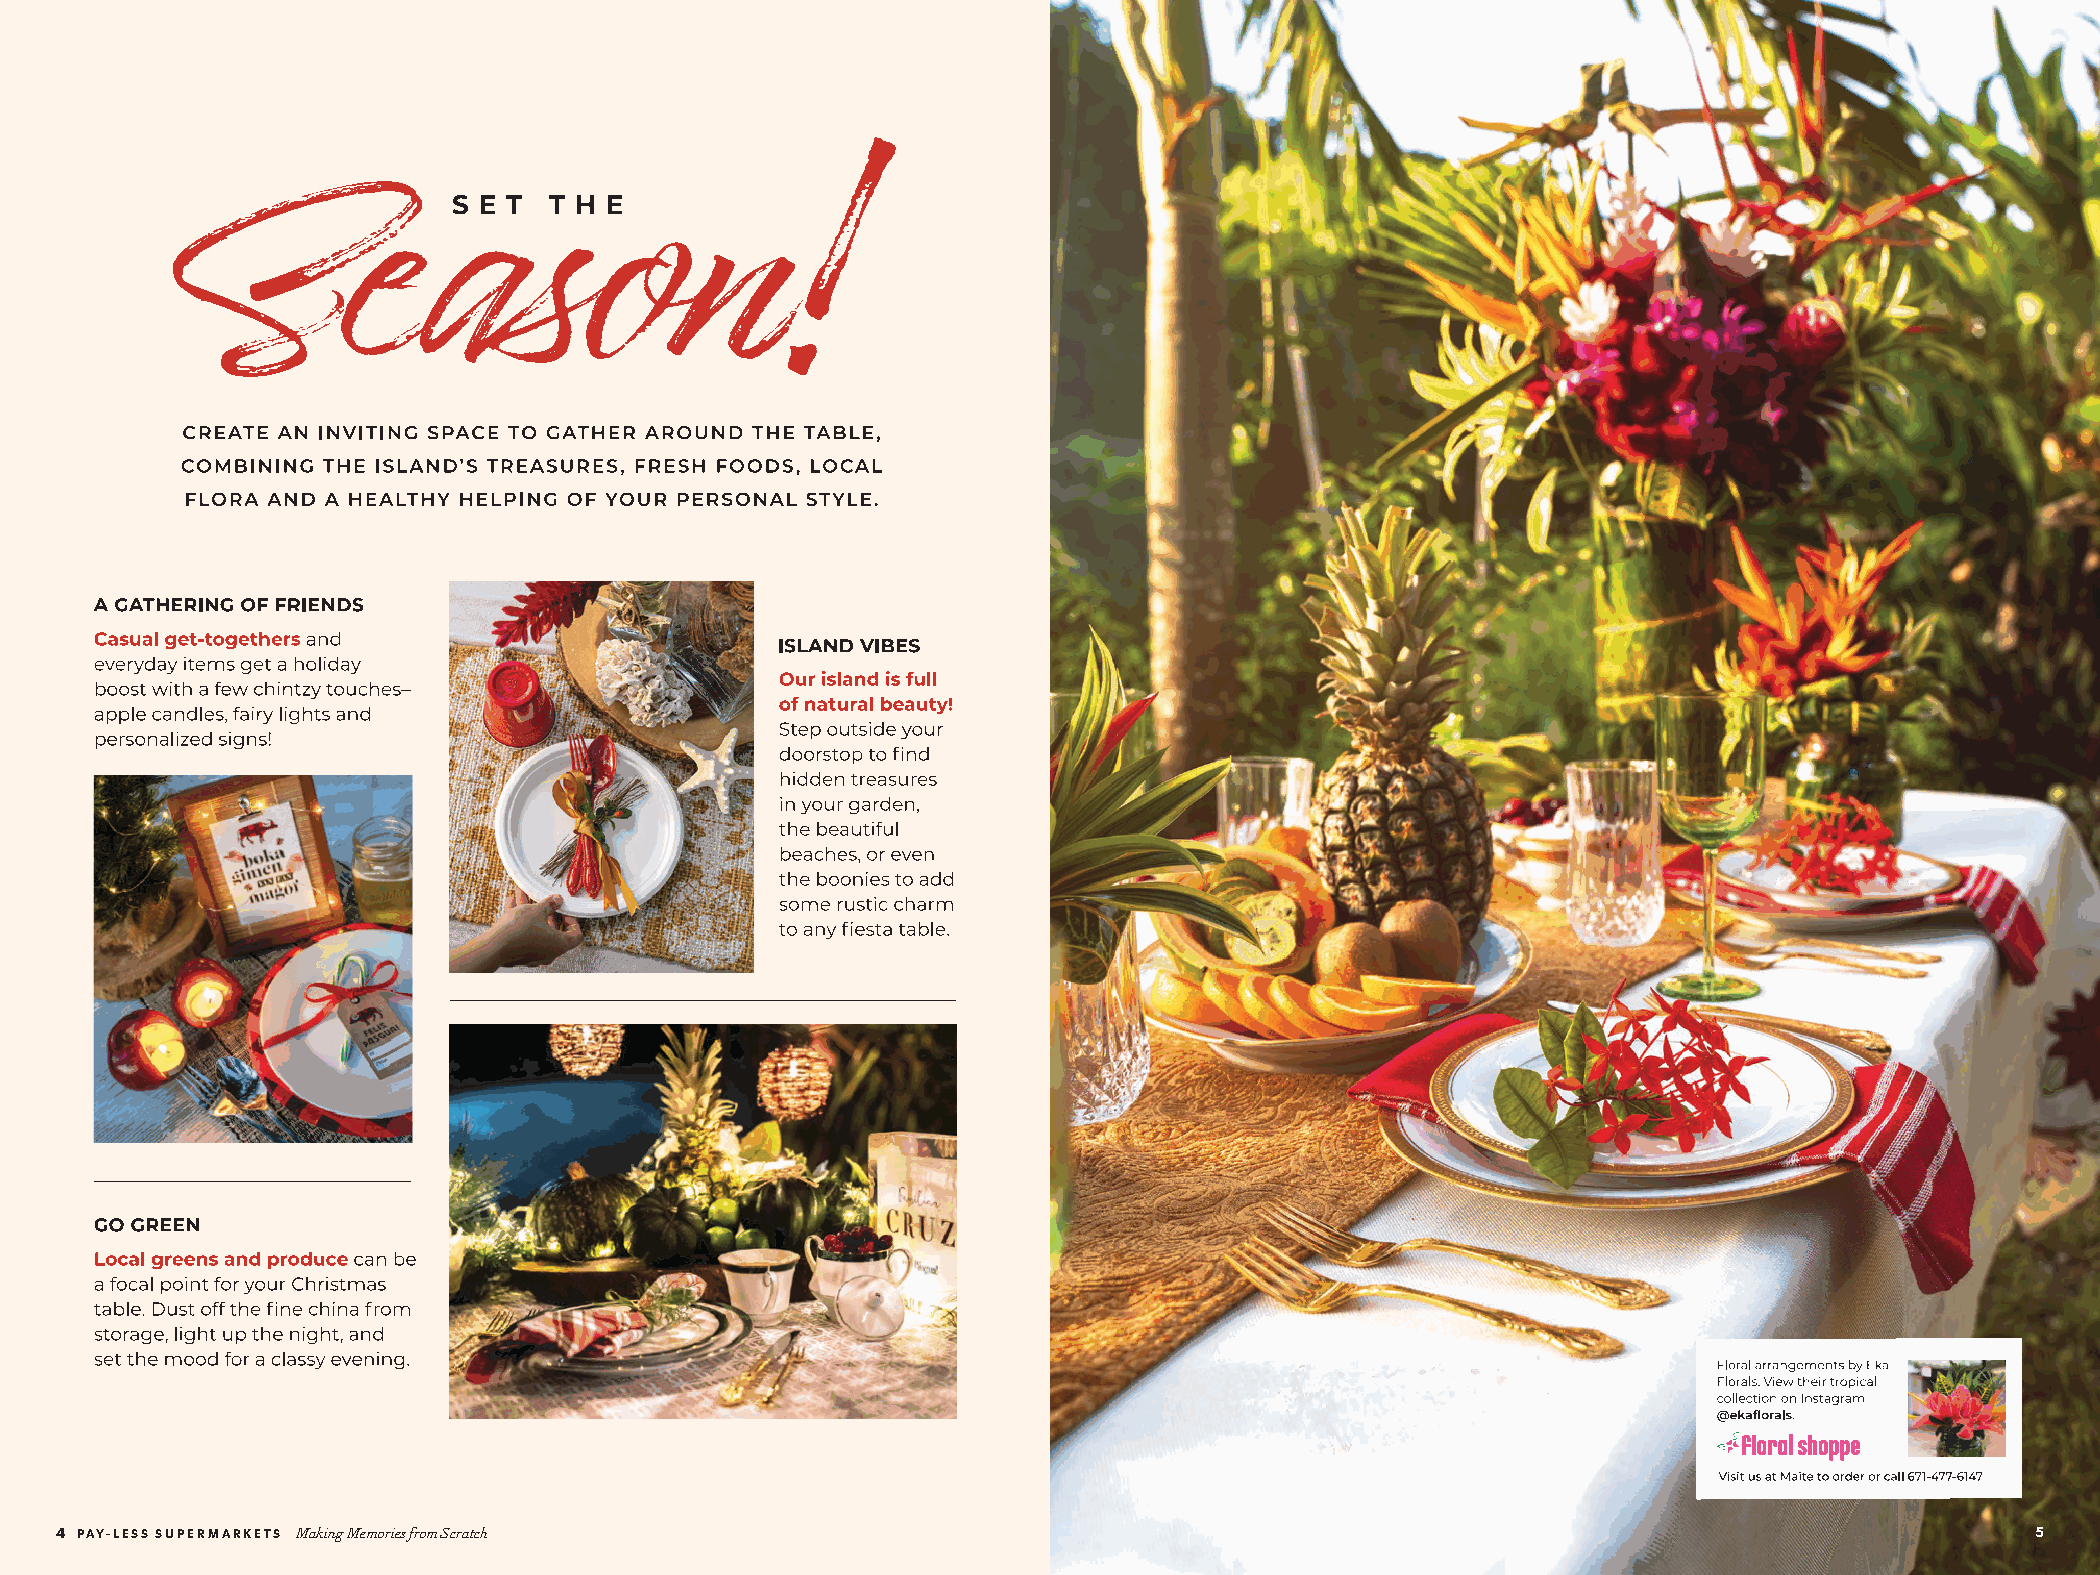
44 PPAAYY--LLEESSSS SSUUPPEERRMMAARRKKEETTSS MMaakkiinngg MMeemmoorriieess ffrroomm SSccrraattcchh                                 55